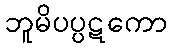
ဘူမိပပ္ပဋကော